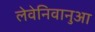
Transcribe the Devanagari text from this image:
लेवेनिवानुआ